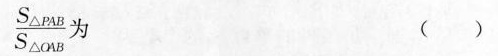
$$\frac { S _ { \Delta P A B } } { S _ { \Delta O A B } }$$ 为 ( )